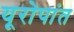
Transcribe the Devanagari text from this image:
यूरोपांत